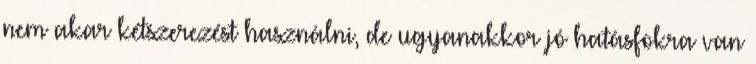
nem akar kétszerezést használni, de ugyanakkor jó hatásfokra van